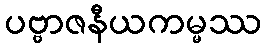
ပဗ္ဗာဇနီယကမ္မဿ